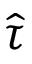
\hat { \tau }